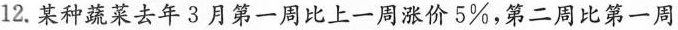
12.某种蔬菜去年3月第一周比上一周涨价5\%，第二周比第一周